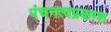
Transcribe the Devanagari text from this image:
पंचनत्वप्रकाश